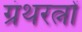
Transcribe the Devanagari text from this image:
ग्रंथरत्नों